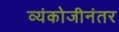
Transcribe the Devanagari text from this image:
व्यंकोजीनंतर